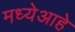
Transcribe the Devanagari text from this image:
मध्येआहे